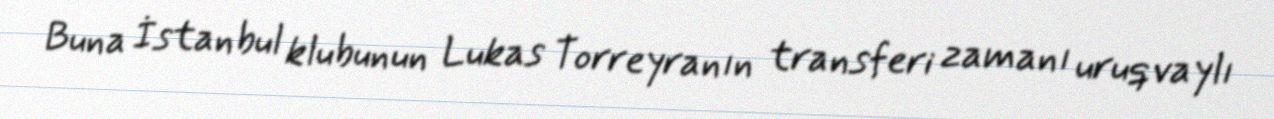
Buna İstanbul klubunun Lukas Torreyranın transferi zamanı uruqvaylı